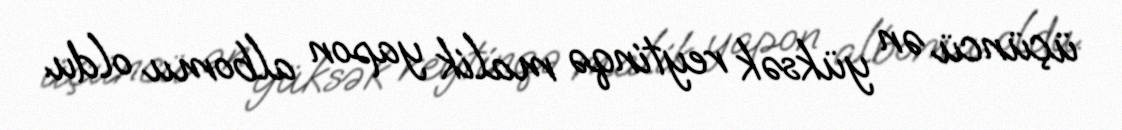
üçüncü ən yüksək reytinqə malik yapon albomu oldu.